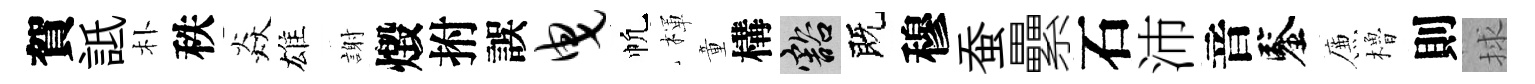
賀詆朴秩焱雄謝燬拊誤曳帆楎童構豁既穆蚕纍石沛音鑒簾櫓則捄